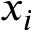
x _ { i }